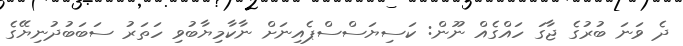
ދެ ވަނަ ބުރުގެ ޖާގަ ހައްގެއް ނޫން: ކަސިޔަސްސްޕެއިނަށް ނާކާމިޔާބުވި ހަތަރު ސަބަބުދުނިޔޭގެ